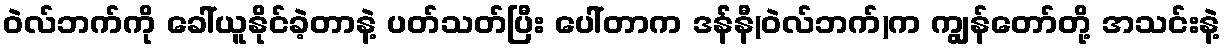
ဝဲလ်ဘက်ကို ခေါ်ယူနိုင်ခဲ့တာနဲ့ ပတ်သတ်ပြီး ပေါ်တာက ဒန််နီ(ဝဲလ်ဘက်)က ကျွန်တော်တို့ အသင်းနဲ့